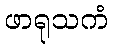
ဖာရုသကံ